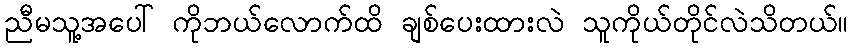
ညီမသူ့အပေါ် ကိုဘယ်လောက်ထိ ချစ်ပေးထားလဲ သူကိုယ်တိုင်လဲသိတယ်။